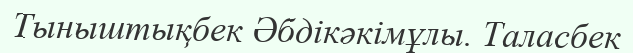
Тыныштықбек Әбдікәкімұлы. Таласбек